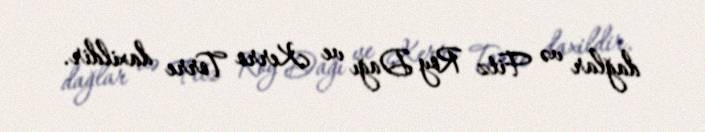
dağlar və Fitz Roy Dağı ve Kerro Torre daxildir.